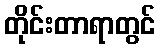
တိုင်းတာရာတွင်